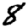
Digit: 8